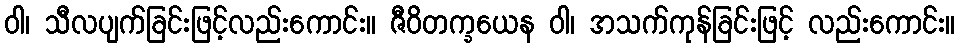
ဝါ၊ သီလပျက်ခြင်းဖြင့်လည်းကောင်း။ ဇီဝိတက္ခယေန ဝါ၊ အသက်ကုန်ခြင်းဖြင့် လည်းကောင်း။